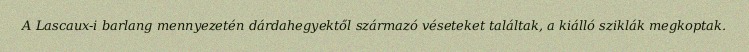
A Lascaux-i barlang mennyezetén dárdahegyektől származó véseteket találtak, a kiálló sziklák megkoptak.